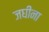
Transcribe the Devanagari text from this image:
जघीना